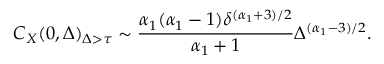
C _ { X } ( 0 , \Delta ) _ { \Delta > \tau } \sim \frac { \alpha _ { 1 } ( \alpha _ { 1 } - 1 ) \delta ^ { ( \alpha _ { 1 } + 3 ) / 2 } } { \alpha _ { 1 } + 1 } \Delta ^ { ( \alpha _ { 1 } - 3 ) / 2 } .